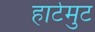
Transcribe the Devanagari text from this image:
हार्टमुट